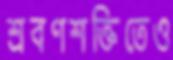
শ্রবণশক্তিতেও